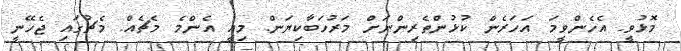
މޮޅުވީ. އެހެންވީމަ އަހަރެން ކުޅުންތެރިންނަށް މަރުހަބާކިޔަން. މިއީ އެންމެ މެޗެއް. މެޗުގައި ޖެހޭނީ